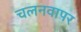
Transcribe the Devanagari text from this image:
चलनवापर